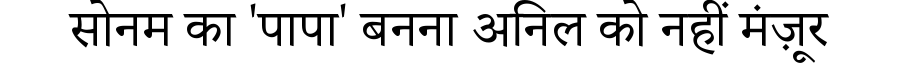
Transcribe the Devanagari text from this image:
सोनम का 'पापा' बनना अनिल को नहीं मंज़ूर